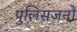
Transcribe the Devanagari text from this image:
पुलिसजनों